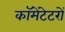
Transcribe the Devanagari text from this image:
कॉमेंटेटरों